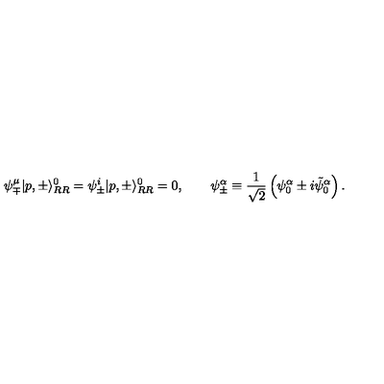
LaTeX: \psi _ { \mp } ^ { \mu } | p , \pm \rangle _ { R R } ^ { 0 } = \psi _ { \pm } ^ { i } | p , \pm \rangle _ { R R } ^ { 0 } = 0 , \qquad \psi _ { \pm } ^ { \alpha } \equiv { \frac { 1 } { \sqrt { 2 } } } \left( \psi _ { 0 } ^ { \alpha } \pm i \tilde { \psi } _ { 0 } ^ { \alpha } \right) .